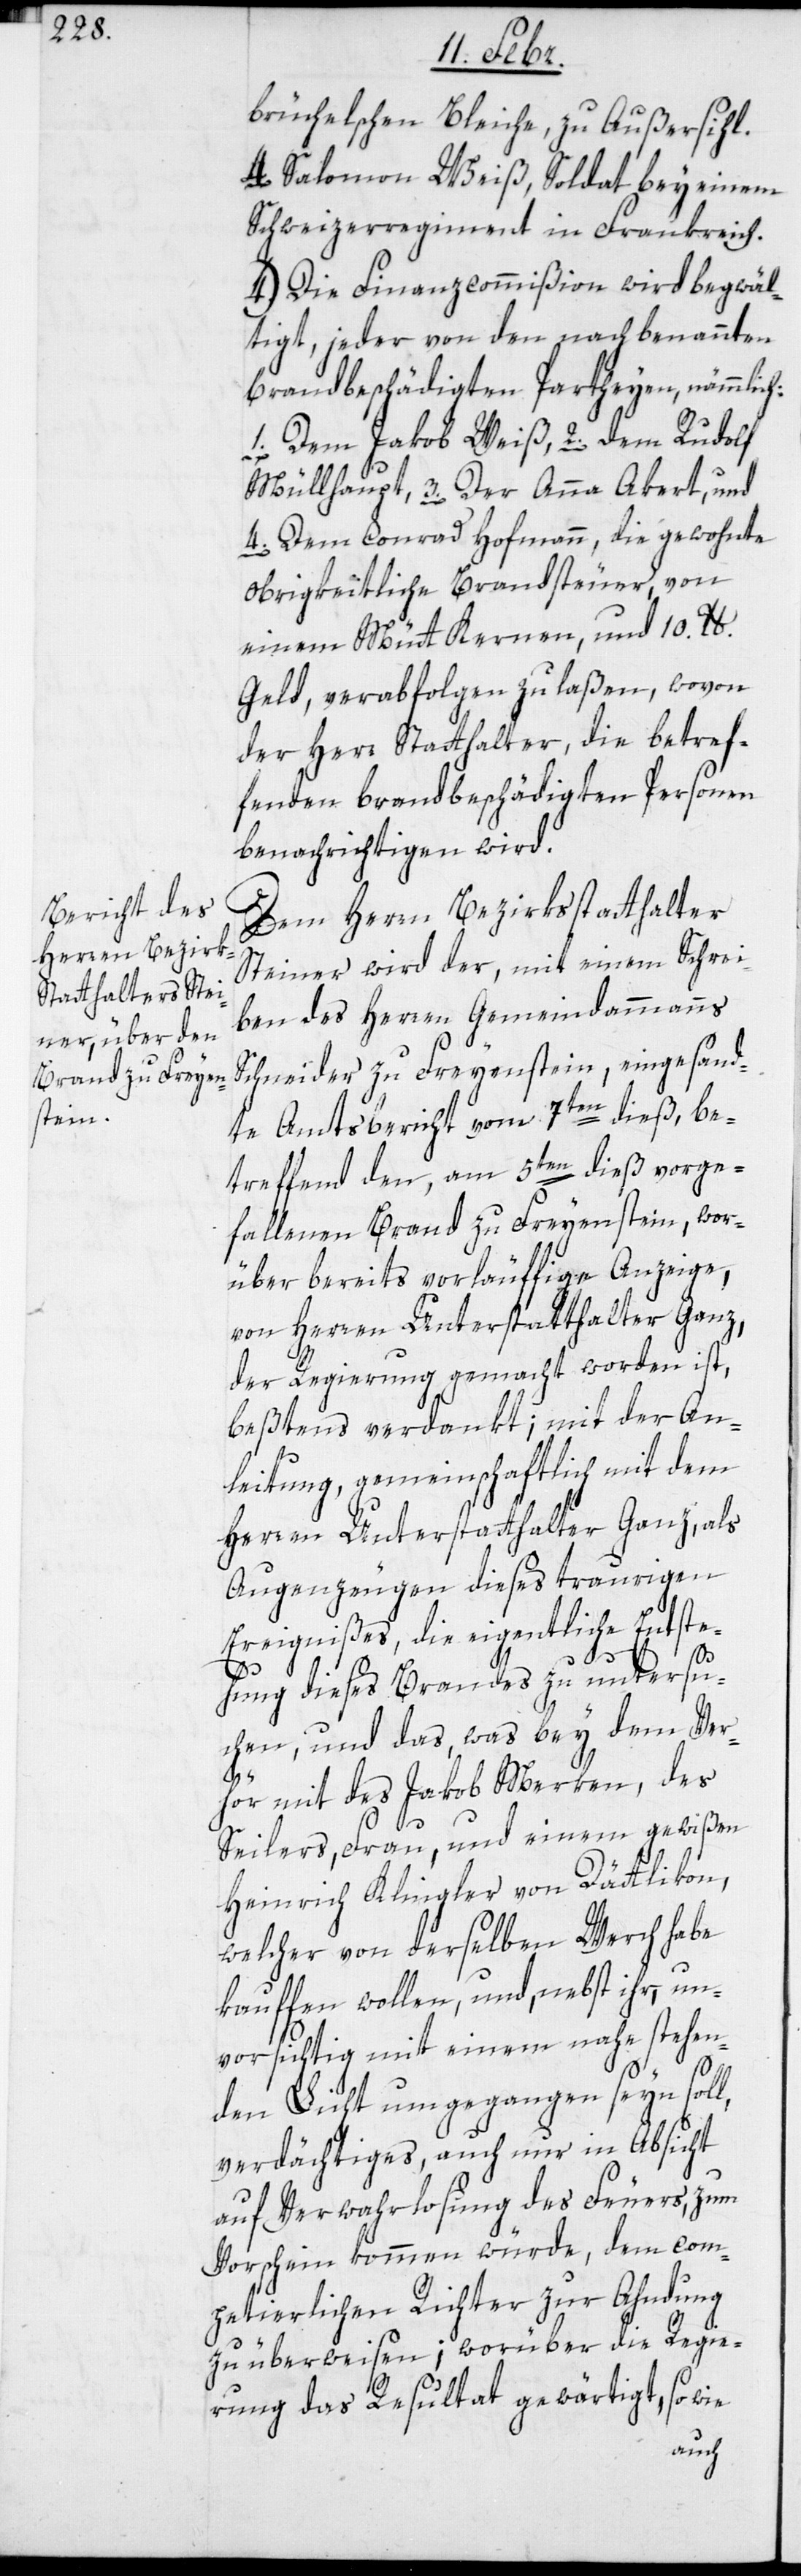
brüchelschen Bleiche, zu Außersihl.
4. Salomon Weiß, Soldat bey einem
Schweizerregiment in Frankreich.
4. Die Finanzcommißion wird begwäl¬
tigt, jeder von den nachbenannten
brandbeschädigten Partheyen, nämmlich:
4. Dem Conrad Hofmann, die gewohnte
obrigkeitliche Brandsteuer, von
einem Mütt Kernen, und 10. ib.
Geld, verabfolgen zu laßen, wovon
der Herr Statthalter, die betref¬
fenden brandbeschädigten Personen
benachrichtigen wird.
Dem Herrn Bezirksstatthalter
Steiner wird der, mit einem Schrei¬
ben des Herren Gemeindammmanns
Schneider zu Freyenstein, eingesand¬
te Amtsbericht vom 7ten dieß, be¬
treffend den am 5ten dieß vorge¬
fallenen Brand zu Freyenstein, wor¬
über bereits vorläuffige Anzeige,
von Herren Unterstatthalter Ganz,
der Regierung gemacht worden ist,
beßtens verdankt; mit der An¬
leitung, gemeinschaftlich mit dem
Herren Unterstatthalter Ganz, als
Augenzeugen dieses traurigen
Ereignißes, die eigentliche Entste¬
3.
hung dieses Brandes zu untersu¬
chen, und das, was bey dem Ver¬
hör mit des Jakob Merken, des
Seilers, Frau, und einem gewißen
Heinrich Klingler von Dättlikon,
welcher von derselben Werch habe
kauffen wollen, und, nebst ihr, un¬
vorsichtig mit einem nahe stehen¬
den Licht umgegangen seyn soll,
verdächtiges, auch nur in Absicht
auf Verwahrlosung des Feuers, zum
Vorschein kommen würde, dem com¬
petierlichen Richter zur Ahndung
zu überweisen; worüber die Regie¬
rung das Resultat gewärtigt, sowie